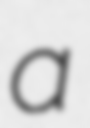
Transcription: a